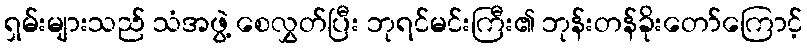
ရှမ်းများသည် သံအဖွဲ့ စေလွှတ်ပြီး ဘုရင်မင်းကြီး၏ ဘုန်းတန်ခိုးတော်ကြောင့်